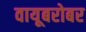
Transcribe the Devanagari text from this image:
वायूबरोबर